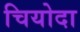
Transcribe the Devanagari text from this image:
चियोदा